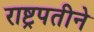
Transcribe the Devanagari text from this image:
राष्ट्रपतीने